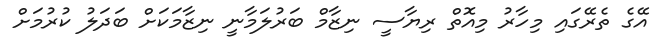
އޭގެ ތެރޭގައި މިހާރު މިއޮތް ރިޔާސީ ނިޒާމް ބަރުލަމާނީ ނިޒާމަކަށް ބަދަލު ކުރުމަށް